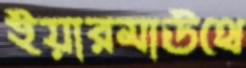
ইয়ারমাউথে